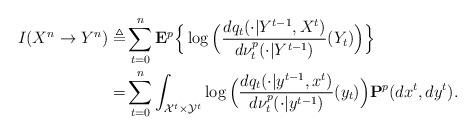
LaTeX: \begin{align*}I(X^n\rightarrow Y^n) \triangleq &\sum_{t=0}^n {\bf E}^{{p}} \Big\{ \log \Big( \frac{dq_t(\cdot|Y^{t-1},X^t) }{d\nu_t^{{p}}(\cdot|Y^{t-1})}(Y_t)\Big)\Big\} \\=& \sum_{t=0}^n \int_{{\cal X}^{t} \times {\cal Y}^{t}}\log \Big( \frac{ dq_t(\cdot|y^{t-1}, x^t) }{d\nu_t^{{p}}(\cdot|y^{t-1})}(y_t)\Big) {\bf P}^{p}( dx^t, dy^t). \end{align*}